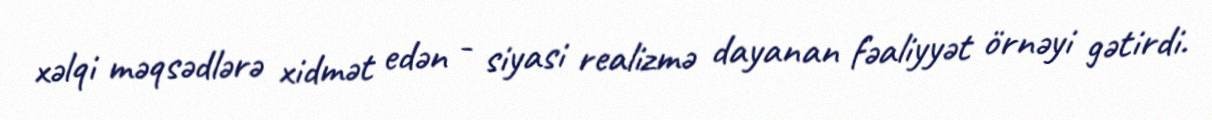
xəlqi məqsədlərə xidmət edən - siyasi realizmə dayanan fəaliyyət örnəyi gətirdi.